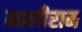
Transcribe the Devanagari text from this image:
मालीराम